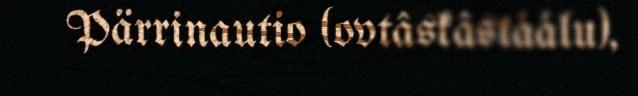
Pärrinautio (ovtâskâstáálu),